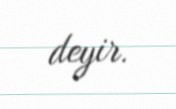
deyir.